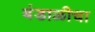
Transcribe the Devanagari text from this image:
बंडाळीचा